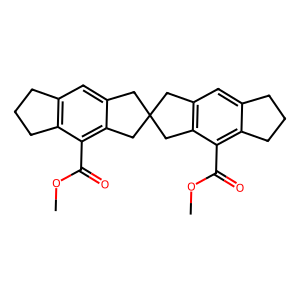
SMILES: COC(=O)c1c2c(cc3c1CC1(C3)Cc3cc4c(c(C(=O)OC)c3C1)CCC4)CCC2
Inhibits HIV replication: No